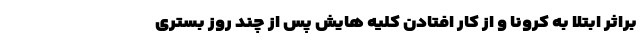
براثر ابتلا به کرونا و از کار افتادن کلیه هایش پس از چند روز بستری